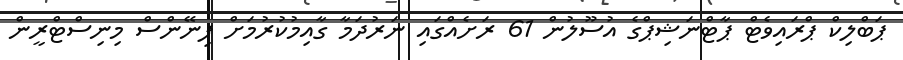
ޕަބްލިކް ޕްރައިވެޓް ޕާޓްނަޝިޕްގެ އުސޫލުން 61 ރަށެއްގައި ނަރުދަމާ ގާއިމުކުރުމަށް ފިނޭންސް މިނިސްޓްރީން